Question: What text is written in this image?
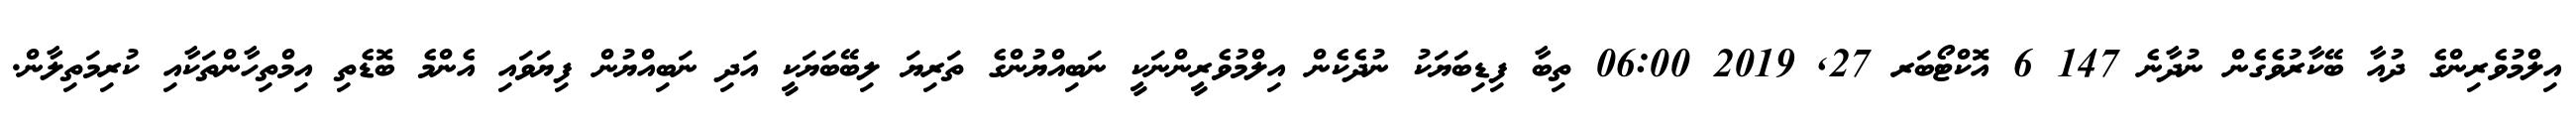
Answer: އިލްމުވެރިންގެ ދުއާ ބޭކާރުވެގެން ނުދާނެ 147 6 އޮކްޓޯބަރ 27, 2019 06:00 ތިބާ ފިޑިބަޔަކު ނުދެކެން އިލްމުވެރީންނަކީ ނަބިއްޔުންގެ ތަރިޔަ ލިބޭބަޔަކީ އަދި ނަބިއްޔުން ފިޔަވައި އެންމެ ބޮޑެތި އިމްތިހާންތަކާއި ކުރިމަތިލާން.